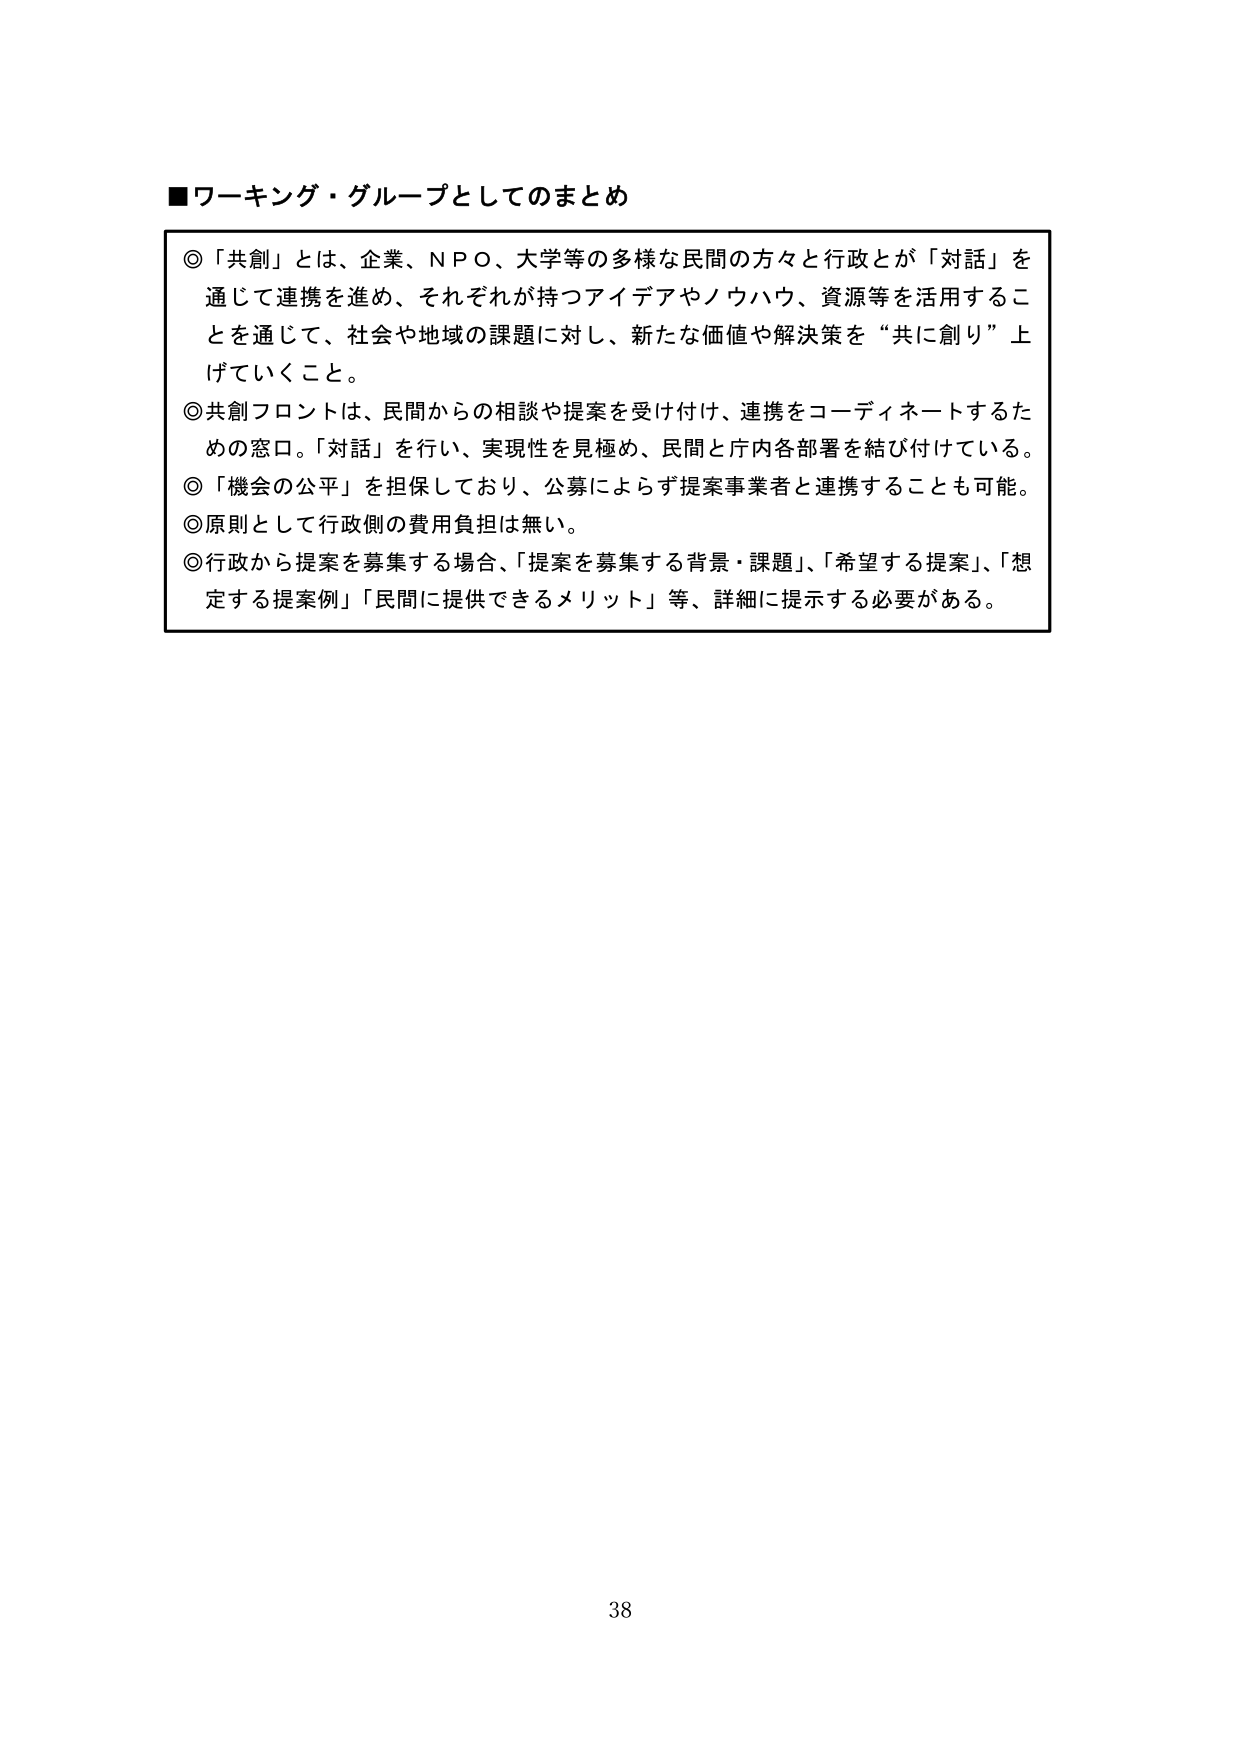
■ワーキング・グループとしてのまとめ

◎「共創」とは、企業、ＮＰＯ、大学等の多様な民間の方々と行政とが「対話」を通じて連携を進め、それぞれが持つアイデアやノウハウ、資源等を活用することを通じて、社会や地域の課題に対し、新たな価値や解決策を“共に創り”上げていくこと。

◎共創フロントは、民間からの相談や提案を受け付け、連携をコーディネートするための窓口。「対話」を行い、実現性を見極め、民間と庁内各部署を結び付けている。

◎「機会の公平」を担保しており、公募によらず提案事業者と連携することも可能。

◎原則として行政側の費用負担は無い。

◎行政から提案を募集する場合、「提案を募集する背景・課題」、「希望する提案」、「想定する提案例」「民間に提供できるメリット」等、詳細に提示する必要がある。

38